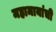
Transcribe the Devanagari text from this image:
महामायांची